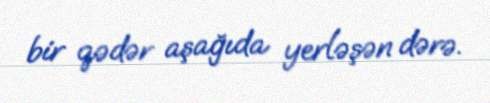
bir qədər aşağıda yerləşən dərə.